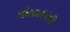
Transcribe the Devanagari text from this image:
मोक्षसंबंधी